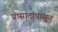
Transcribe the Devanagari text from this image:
प्रासादांपासून